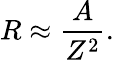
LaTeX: R\approx\frac{A}{Z^{2}}.